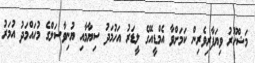
މަޝްހޫރު ވިޔަފާރިވެރިން ކަމަށްވާ އެމްޑީއޭގެ ލީޑަރު އަހުމަދު ސިޔާމާއި ޔުނިވާސަލްގެ މުހައްމަދު އުމަރު